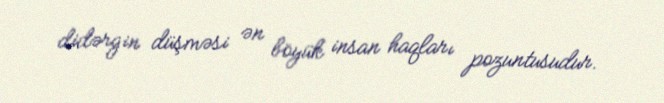
didərgin düşməsi ən böyük insan haqları pozuntusudur.